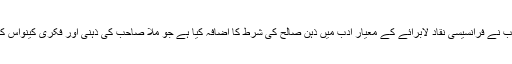
یہی وجہ ہے ملّا صاحب نے فرانسیسی نقاد لابرائے کے معیار ادب میں ذہن صالح کی شرط کا اضافہ کیا ہے جو ملّا صاحب کی ذہنی اور فکری کینواس کے توسع کا مظہر ہے۔